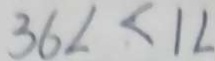
3 6 L < 1 L